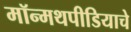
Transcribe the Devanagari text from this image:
मॉन्मथपीडियाचे